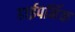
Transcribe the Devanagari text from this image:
हाईपर्निक